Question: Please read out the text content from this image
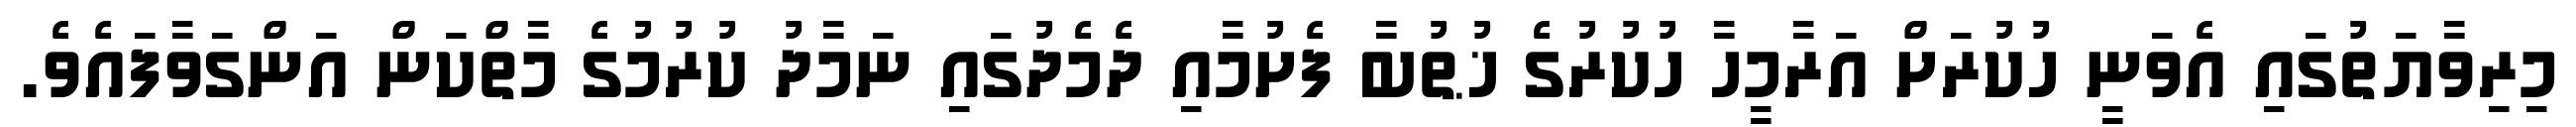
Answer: މިރިވާޔަތުގައި އެވަނީ ހުކުރަށް އަރާމީހާ ހުކުރުގެ ޚުޠުބާ ފެށުމާއި ދެމެދުގައި ނަމާދު ކުރުމުގެ މާތްކަން އަންގަވާފައެވެ.